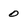
Character: 0